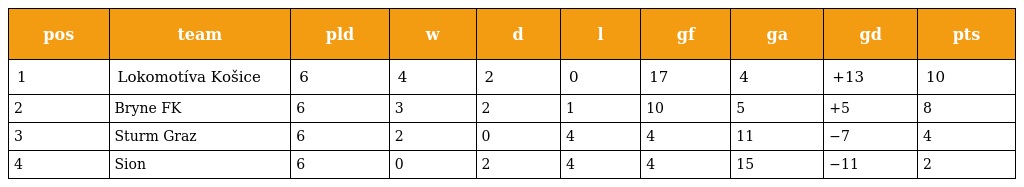
| pos | team | pld | w | d | l | gf | ga | gd | pts |
 | --- | --- | --- | --- | --- | --- | --- | --- | --- | --- |
 | 1 | Lokomotíva Košice | 6 | 4 | 2 | 0 | 17 | 4 | +13 | 10 |
 | 2 | Bryne FK | 6 | 3 | 2 | 1 | 10 | 5 | +5 | 8 |
 | 3 | Sturm Graz | 6 | 2 | 0 | 4 | 4 | 11 | −7 | 4 |
 | 4 | Sion | 6 | 0 | 2 | 4 | 4 | 15 | −11 | 2 |